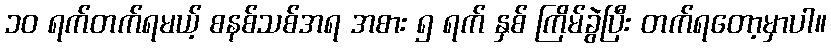
၁၀ ရက်တက်ရမယ့် စနစ်သစ်အရ အစား ၅ ရက် နှစ် ကြိမ်ခွဲပြီး တက်ရတော့မှာပါ။